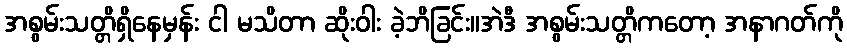
အစွမ်းသတ္တိရှိနေမှန်း ငါ မသိတာ ဆိုးဝါး ခဲ့ဘိခြင်း။အဲဒီ အစွမ်းသတ္တိကတော့ အနာဂတ်ကို